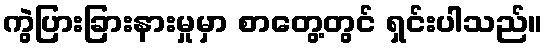
ကွဲပြားခြားနားမှုမှာ စာတွေ့တွင် ရှင်းပါသည်။